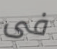
فى